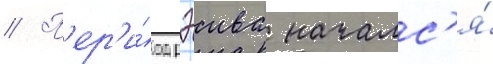
// П'ер'и́од рэива началс'я́